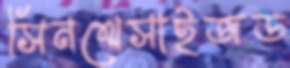
সিনথেসাইজড